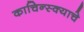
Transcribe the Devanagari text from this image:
काचिन्स्क्याचे